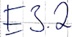
Text: E3.2